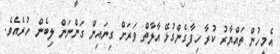
އެމީހުން ތައްޔާރު ކުރާ ހިފާގެންގުޅޭ އާލާތް ވަރަށް ގިނައިން ގަންނަން ލިބެން ހުރެއެވެ.